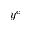
y ^ { c }